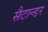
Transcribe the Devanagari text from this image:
सैटान्डर